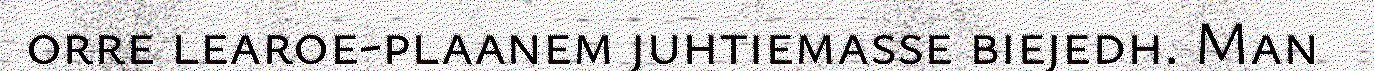
orre learoe-plaanem juhtiemasse biejedh. Man